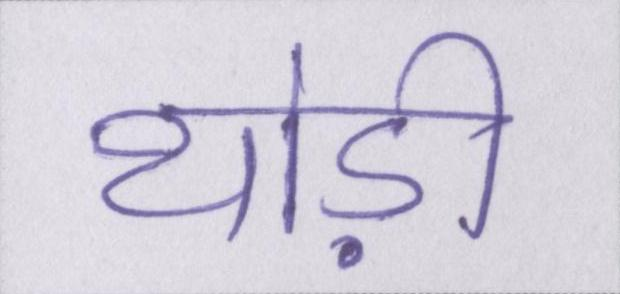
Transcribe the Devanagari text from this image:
थोड़ी